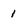
Character: 1